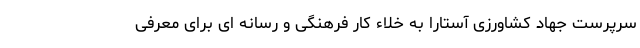
سرپرست جهاد کشاورزی آستارا به خلاء کار فرهنگی و رسانه ای برای معرفی